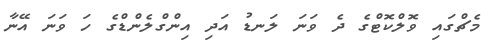
މެޗްގައި ވޮލްކޮޓްގެ ދެ ވަނަ ލަނޑު އަދި އިންގްލެންޑްގެ ހަ ވަނަ އޭނާ